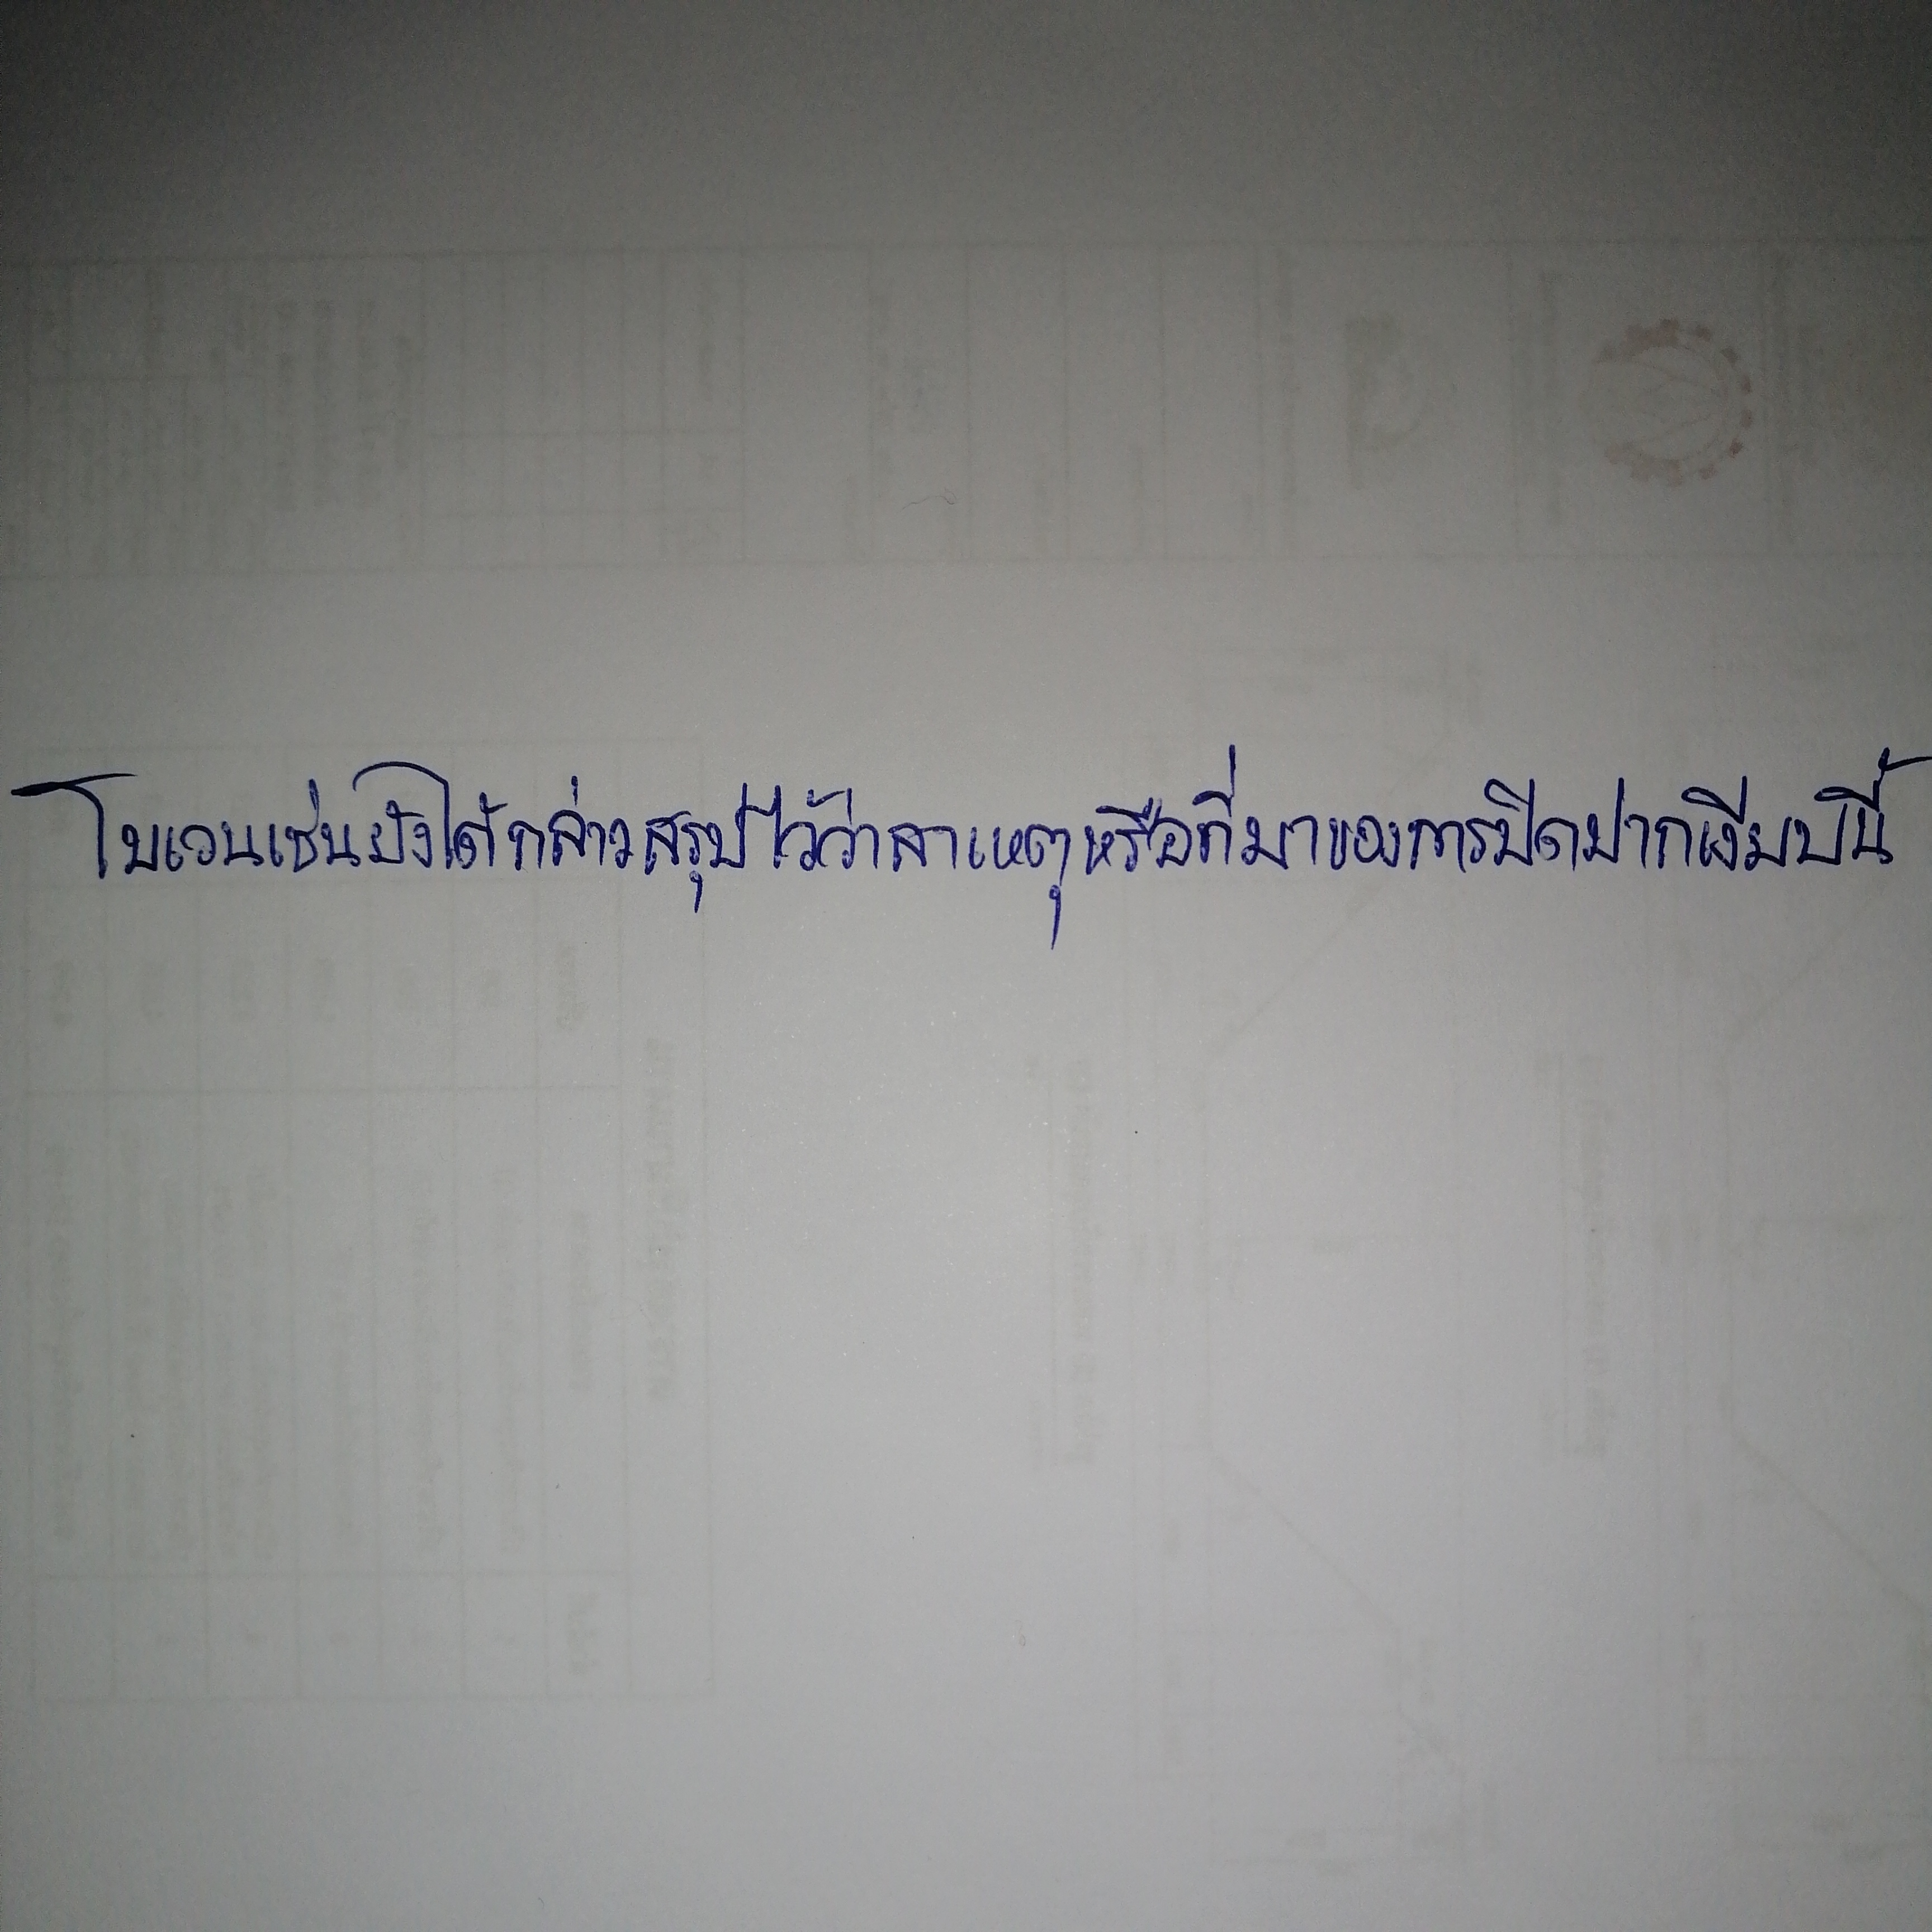
โบเวนเช่นยังได้กล่าวสรุปไว้ว่าสาเหตุหรือที่มาของการปิดปากเงียบนี้